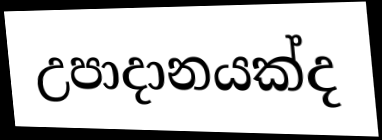
උපාදානයක්ද